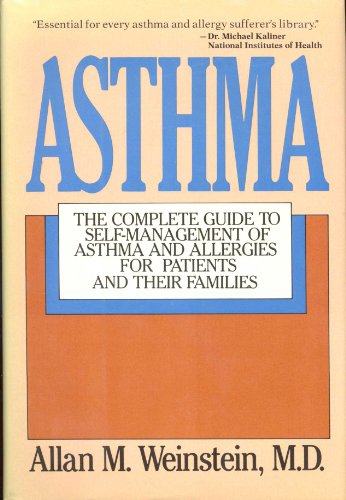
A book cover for Asthma: The Complete Guide to Self-Management of Asthma and Allergies for Patients and Their Families; Allan M. Weinstein; Health, Fitness & Dieting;